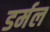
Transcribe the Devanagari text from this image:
डर्मल